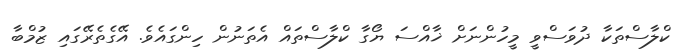
ކްލާސްތަކާ ދުވަސްވީ މީހުންނަށް ޚާއްސަ ޔޯގާ ކްލާސްތައް އެތަނުން ހިންގައެވެ. އޭގެތެރޭގައި ޒުމްބާ